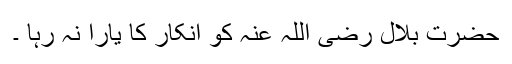
حضرت بلال رضی اللہ عنہ کو انکار کا یارا نہ رہا ۔